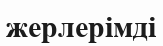
жерлерімді